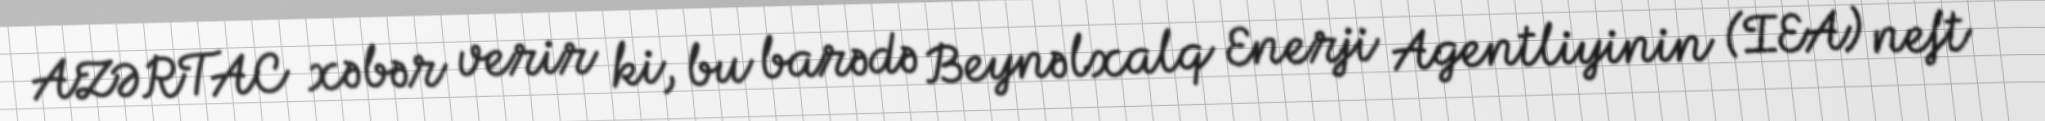
AZƏRTAC xəbər verir ki, bu barədə Beynəlxalq Enerji Agentliyinin (IEA) neft